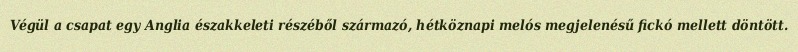
Végül a csapat egy Anglia északkeleti részéből származó, hétköznapi melós megjelenésű fickó mellett döntött.